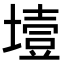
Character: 㙪